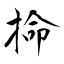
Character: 掵